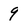
Character: 9